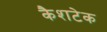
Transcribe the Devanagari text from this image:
कैशटेक